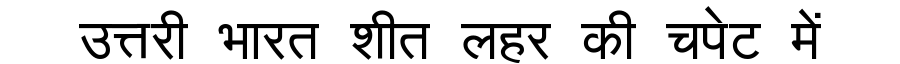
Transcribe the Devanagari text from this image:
उत्तरी भारत शीत लहर की चपेट में